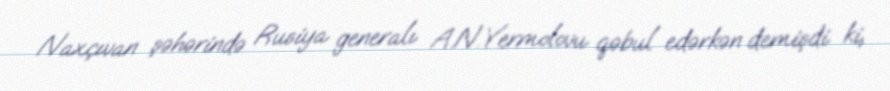
Naxçıvan şəhərində Rusiya generalı A.N.Yermolovu qəbul edərkən demişdi ki,